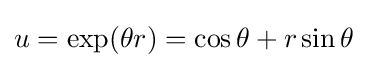
u=\exp(\theta r)=\cos \theta +r\sin \theta